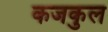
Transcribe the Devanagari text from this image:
कजकुल